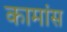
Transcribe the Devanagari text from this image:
कामांस